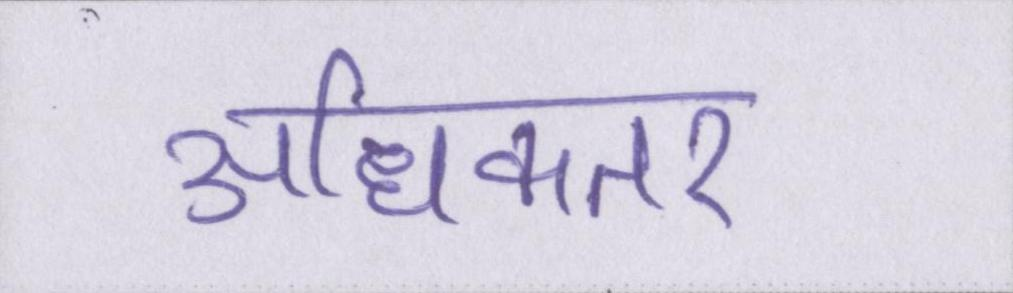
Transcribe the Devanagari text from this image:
अधिकतर